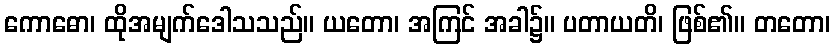
ကောဓော၊ ထိုအမျက်ဒေါသသည်။ ယတော၊ အကြင် အခါ၌။ ပတာယတိ၊ ဖြစ်၏။ တတော၊